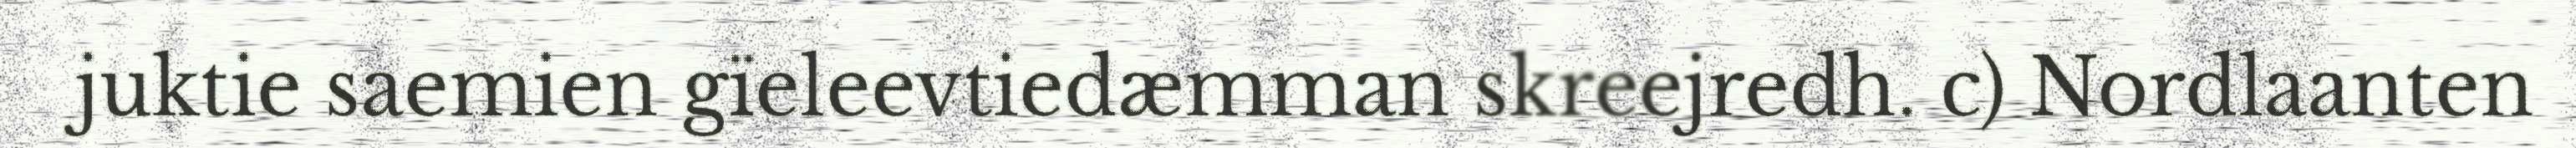
juktie saemien gïeleevtiedæmman skreejredh. c) Nordlaanten